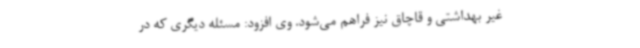
غیر بهداشتی و قاچاق نیز فراهم می‌شود. وی افزود: مسئله دیگری که در